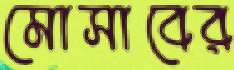
মোসাবের